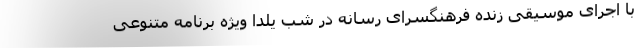
با اجرای موسیقی زنده فرهنگسرای رسانه در شب یلدا ویژه برنامه متنوعی